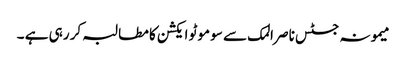
میمونہ جسٹس ناصر المک سے سو موٹو ایکشن کا مطالبہ کر رہی ہے ۔